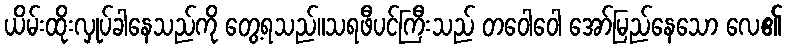
ယိမ်းထိုးလှုပ်ခါနေသည်ကို တွေ့ရသည်။သရဖီပင်ကြီးသည် တဝေါဝေါ အော်မြည်နေသော လေ၏